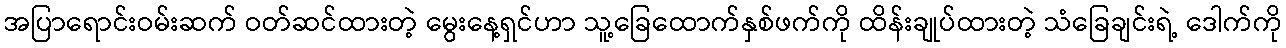
အပြာရောင်းဝမ်းဆက် ဝတ်ဆင်ထားတဲ့ မွေးနေ့ရှင်ဟာ သူ့ခြေထောက်နှစ်ဖက်ကို ထိန်းချုပ်ထားတဲ့ သံခြေချင်းရဲ့ ဒေါက်ကို